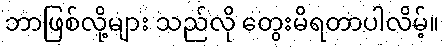
ဘာဖြစ်လို့များ သည်လို တွေးမိရတာပါလိမ့်။